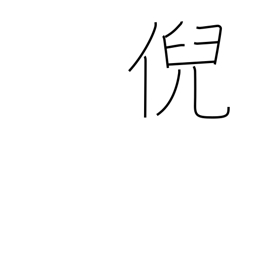
Meaning: stare